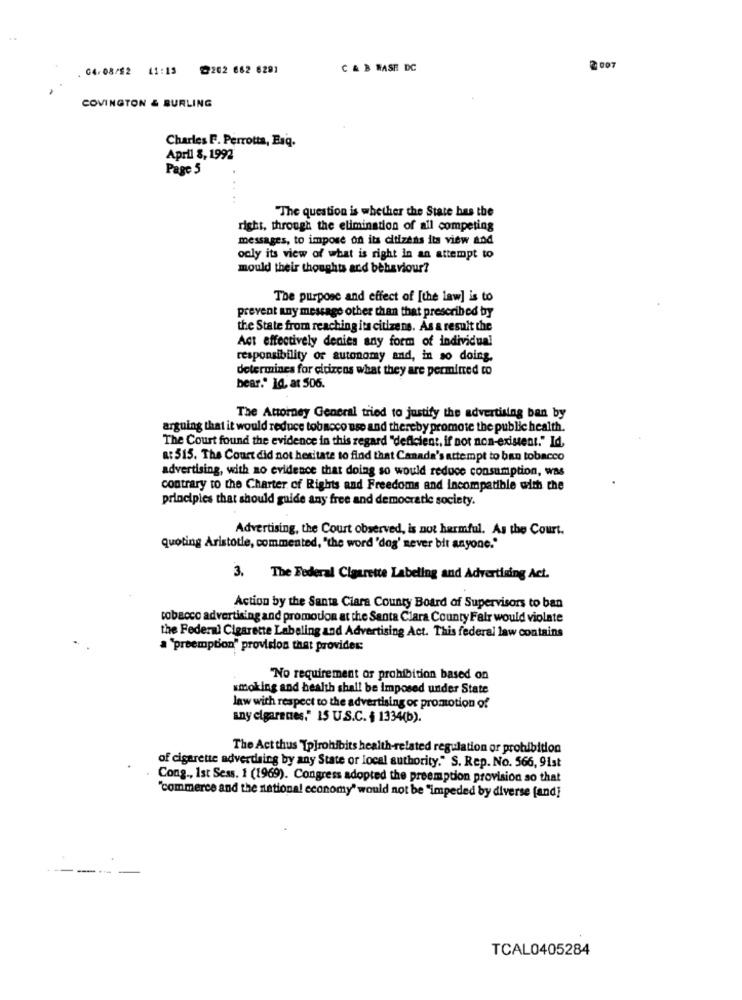
04/08/82 41:13 2202 662 6291
C & B WASH DC
2 007
COVINGTON & BURLING
Charles F. Perrotta, Esq.
April 8, 1992
Page 5
The question is whether the State has the
right, through the elimination of all competing
messages, to impose on its citizens its view and
only its view of what is right in an attempt to
mould their thoughts and behaviour?
The purpose and effect of [the law] is to
prevent any message other than that prescribed by
the State from reaching its citizens. As a result the
Act effectively denies any form of individual
responsibility or autonomy and, in so doing.
determines for citizens what they are permitted to
bear." Id, at 506.
The Attorney General tried to justify the advertising ban by
arguing that it would reduce tobacco use and thereby promote the public health.
The Court found the evidence in this regard "deficient, if not non-existent." Id,
a: 515. The Court did not hesitate to find that Canada's attempt to ban tobacco
advertising, with no evidence that doing so would reduce consumption, was
contrary to the Charter of Rights and Freedoms and Incompatible with the
principies that should guide any free and democratie society.
Advertising, the Court observed, is not harmful. As the Court.
quoting Aristotle, commented, "the word 'dog' never bit anyone."
3. The Federal Cigarette Labeling and Advertising Act.
Action by the Santa Clara County Board of Supervisors to ban
tobacco advertising and promotion at the Santa Clara County Fair would violate
the Federal Cigarette Labeling and Advertising Act. This federal law contains
a "preemption" provision that provides
"No requirement or prohibition based on
smoking and health shall be imposed under State
law with respect to the advertising or promotion of
any cigarettes." 15 U.S.C. § 1334(b).
The Act thus Tprohibits health-related regulation or prohibition
of cigarette advertising by any State or local authority." S. Rep. No. 566, 91st
Cong ., Ist Sess. 1 (1969). Congress adopted the preemption provision so that
"commerce and the national economy" would not be "impeded by diverse fand]
TCAL0405284